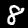
Digit: 8